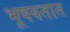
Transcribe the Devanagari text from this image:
भूषवतात